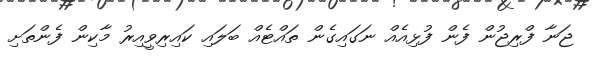
ޖަނާ ފްރިޖުން ފެން ފުޅިއެއް ނަގައިގެން ތައްޓެއް ބަލައި ކައިރިވީއިރު މާކިން ފެންތަށި